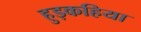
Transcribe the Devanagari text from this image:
हुड़कहिया